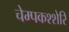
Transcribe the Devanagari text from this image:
चेम्पकश्शेरि